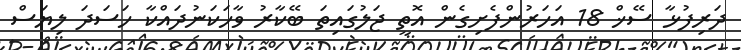
ދަރިފުޅާ ސޭޚް 18 އަހަރުންފެށިގެން އޮތީ ޖަލުގައިތަ ބޭކާރު ވާހަކަނުދައްކާ ހަސަދަ ލިޔަސް